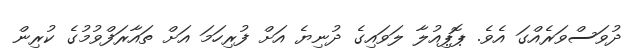
ދުވަސްވަރެއްގަ އެވެ. ޕޮޕިއުލާ ލަވައިގެ ދުނިޔެ އަށް ފުރިހަމަ އަށް ތައާރަފްވުމުގެ ކުރިން